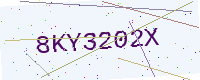
Text: 8KY3202X